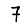
Digit: 7